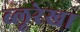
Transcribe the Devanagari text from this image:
ब्लूरेखा